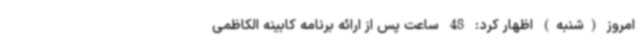
امروز (شنبه) اظهار کرد: 48 ساعت پس از ارائه برنامه کابینه الکاظمی